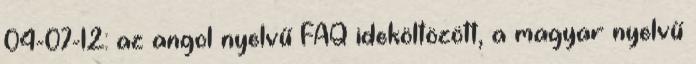
04-07-12: az angol nyelvű FAQ ideköltözött, a magyar nyelvű